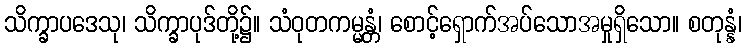
သိက္ခာပဒေသု၊ သိက္ခာပုဒ်တို့၌။ သံဝုတကမ္မန္တံ၊ စောင့်ရှောက်အပ်သောအမှုရှိသော။ စတုန္နံ၊